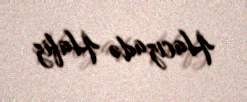
Hacızadə Hafiz